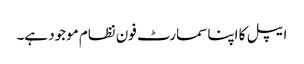
ایپل کا اپنا سمارٹ فون نظام موجود ہے۔